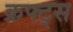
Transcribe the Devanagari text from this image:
क्रफ्ट्स